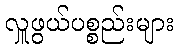
လှူဖွယ်ပစ္စည်းများ